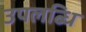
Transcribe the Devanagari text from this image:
उपलब्धि